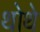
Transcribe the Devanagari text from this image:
थोथे